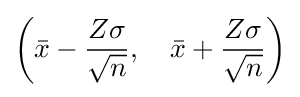
\left({\bar {x}}-{\frac {Z\sigma }{\sqrt {n}}},\quad {\bar {x}}+{\frac {Z\sigma }{\sqrt {n}}}\right)